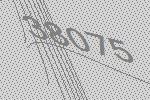
38075